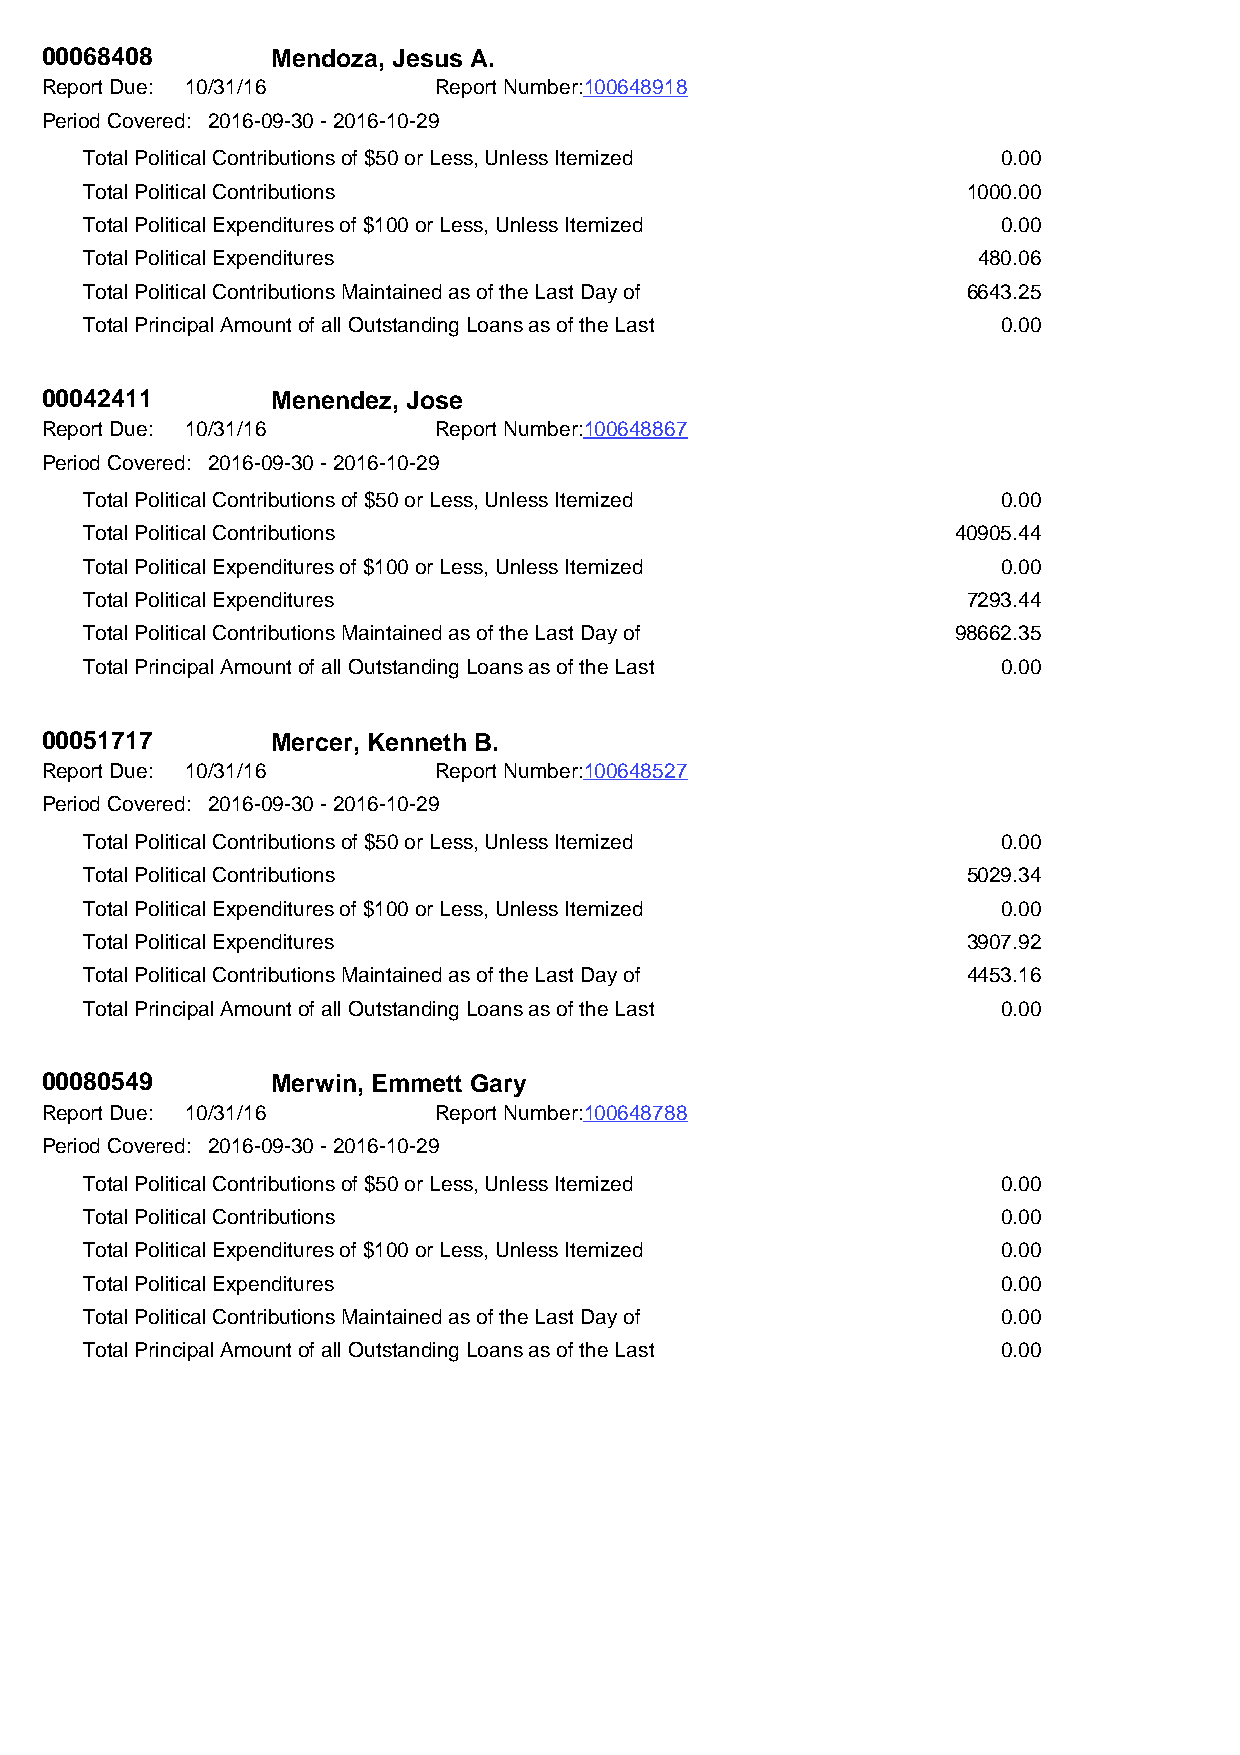
00068408       Mendoza, Jesus A.
 Report Due: 10/31/16      Report Number:100648918
 Period Covered: 2016-09-30 - 2016-10-29
 Total Political Contributions of $50 or Less, Unless Itemized 0.00
 Total Political Contributions                             1000.00
 Total Political Expenditures of $100 or Less, Unless Itemized 0.00
 Total Political Expenditures                               480.06
 Total Political Contributions Maintained as of the Last Day of 6643.25
 Total Principal Amount of all Outstanding Loans as of the Last 0.00
 00042411       Menendez, Jose
 Report Due: 10/31/16      Report Number:100648867
 Period Covered: 2016-09-30 - 2016-10-29
 Total Political Contributions of $50 or Less, Unless Itemized 0.00
 Total Political Contributions                            40905.44
 Total Political Expenditures of $100 or Less, Unless Itemized 0.00
 Total Political Expenditures                              7293.44
 Total Political Contributions Maintained as of the Last Day of 98662.35
 Total Principal Amount of all Outstanding Loans as of the Last 0.00
 00051717       Mercer, Kenneth B.
 Report Due: 10/31/16      Report Number:100648527
 Period Covered: 2016-09-30 - 2016-10-29
 Total Political Contributions of $50 or Less, Unless Itemized 0.00
 Total Political Contributions                             5029.34
 Total Political Expenditures of $100 or Less, Unless Itemized 0.00
 Total Political Expenditures                              3907.92
 Total Political Contributions Maintained as of the Last Day of 4453.16
 Total Principal Amount of all Outstanding Loans as of the Last 0.00
 00080549       Merwin, Emmett Gary
 Report Due: 10/31/16      Report Number:100648788
 Period Covered: 2016-09-30 - 2016-10-29
 Total Political Contributions of $50 or Less, Unless Itemized 0.00
 Total Political Contributions                               0.00
 Total Political Expenditures of $100 or Less, Unless Itemized 0.00
 Total Political Expenditures                                0.00
 Total Political Contributions Maintained as of the Last Day of 0.00
 Total Principal Amount of all Outstanding Loans as of the Last 0.00